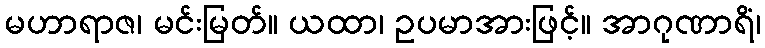
မဟာရာဇ၊ မင်းမြတ်။ ယထာ၊ ဥပမာအားဖြင့်။ အာဂုဏာရိံ၊